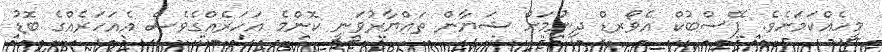
މީހެއްކަމަށެވެ. ފޭސްބުކް އެވޯރޑް ދިނުމަށް ޝަޔާން ތައްޔާރުވަނީ ކޮންމެ އަހަރެއްގެވެސް އެއަހަރެއްގެ ބޮޑު